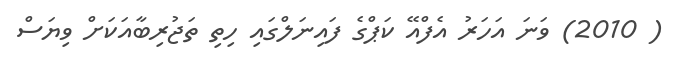
( 2010) ވަނަ އަހަރު އެފްއޭ ކަޕްގެ ފައިނަލްގައި ހިތި ތަޖުރިބާއަކަށް ވިޔަސް